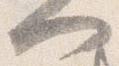
門